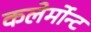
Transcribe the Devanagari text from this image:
कलेर्मोन्ट